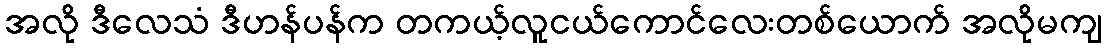
အလို ဒီလေသံ ဒီဟန်ပန်က တကယ့်လူငယ်ကောင်လေးတစ်ယောက် အလိုမကျ